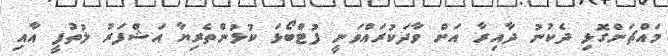
މައްޗަންގޮޅި ދެކުނު ދާއިރާ އަށް ވާދަކުރައްވަނީ ފުޓްބޯޅަ ކުޅުންތެރިޔާ އަޝްފަރު ލުތުފީ އާއި